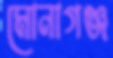
মোনাগঞ্জ